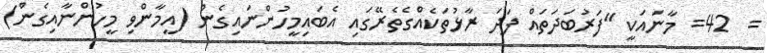
=  42= މާނައަކީ "ފަރުބަދަތައް ފަދަ ރާޅުތަކެއްގެތެރޭގައި އެބައިމީހުންނައިގެން (އީމާންވި މީހުންނާއިގެން)